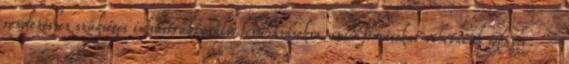
rendezéshez szükséges infrastrukturális beruházásokra uniós forrásokat vehetnénk igénybe. –